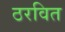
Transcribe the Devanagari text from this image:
ठरवित